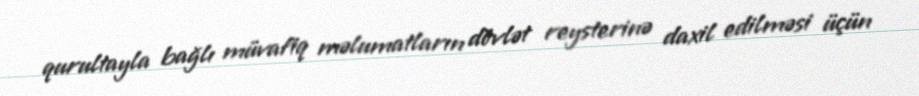
qurultayla bağlı müvafiq məlumatların dövlət reysterinə daxil edilməsi üçün